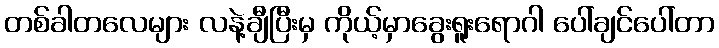
တစ်ခါတလေများ လနဲ့ချီပြီးမှ ကိုယ့်မှာခွေးရူးရောဂါ ပေါ်ချင်ပေါ်တာ